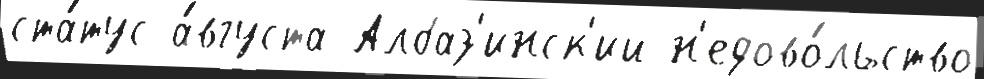
ста́тус а́вгуста Албаз'инск'ий н'едово́льство